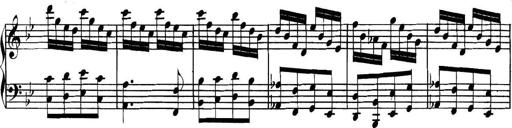
Title: Collected Piano Sonatas
Composer: Muzio Clementi